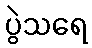
ပွဲသရေ